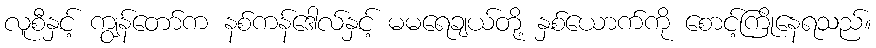
လူစီနှင့် ကျွန်တော်က နစ်ကန်ဒေါလ်နှင့် မမရေချယ်တို့ နှစ်ယောက်ကို စောင့်ကြိုနေရသည်။